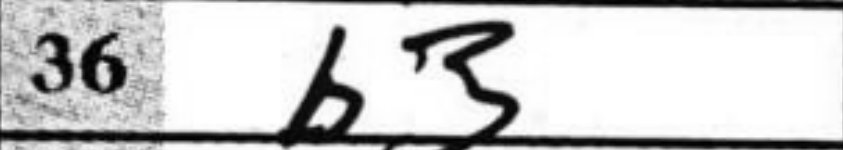
Transcription: b3